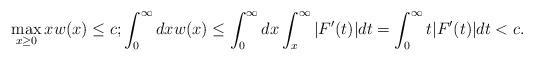
LaTeX: \begin{align*}\max_{x \geq 0}xw(x) \leq c; \int_0^\infty dx w(x) \leq \int_0^\infty dx \int_x^\infty |F'(t)|dt = \int_0^\infty t|F'(t)|dt < c.\end{align*}